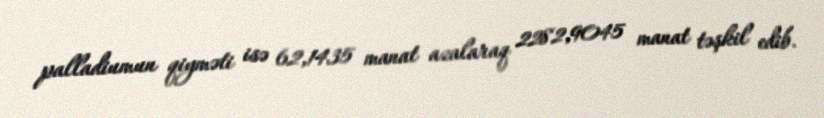
palladiumun qiyməti isə 62,1435 manat azalaraq 2282,9045 manat təşkil edib.